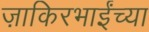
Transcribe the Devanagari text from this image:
ज़ाकिरभाईंच्या